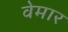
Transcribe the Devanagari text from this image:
वेमार